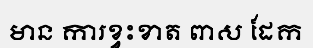
មាន ការខ្វះខាត ពាស ដែក